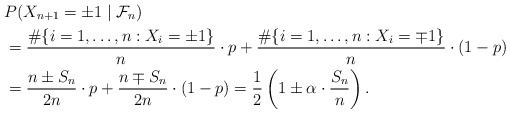
LaTeX: \begin{align*} &P(X_{n+1}= \pm 1 \mid \mathcal{F}_n) \\ &= \dfrac{\#\{i=1,\ldots,n : X_i=\pm 1\}}{n} \cdot p+ \dfrac{\#\{i=1,\ldots,n : X_i= \mp 1\}}{n} \cdot (1-p) \\& = \dfrac{n \pm S_n}{2n} \cdot p+ \dfrac{n \mp S_n}{2n} \cdot (1-p) = \dfrac{1}{2} \left( 1 \pm \alpha \cdot \dfrac{S_n}{n} \right).\end{align*}